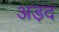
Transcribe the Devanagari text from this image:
अड़द